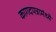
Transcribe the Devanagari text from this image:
कागदपत्रामंध्ये